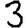
Digit: 3